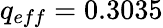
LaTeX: q_{eff}=0.3035